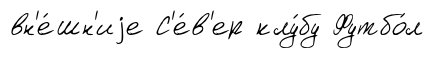
вн'е́шн'иjе С'е́в'ер клу́бу Футбо́л